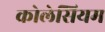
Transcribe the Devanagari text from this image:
कोलेसियम